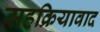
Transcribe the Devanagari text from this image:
सहक्रियावाद